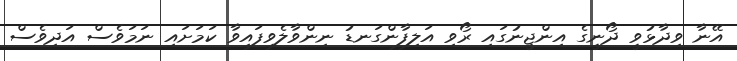
އޭނާ ވިދާޅުވީ ދޯނީގެ އިންޖީނުގައި ރޯވި އަލިފާންގަނޑު ނިންވާލެވިފައިވާ ކަމަށައި ނަމަވެސް އަދިވެސް